Annual report on the working of the lock hospitals in the Central Provinces
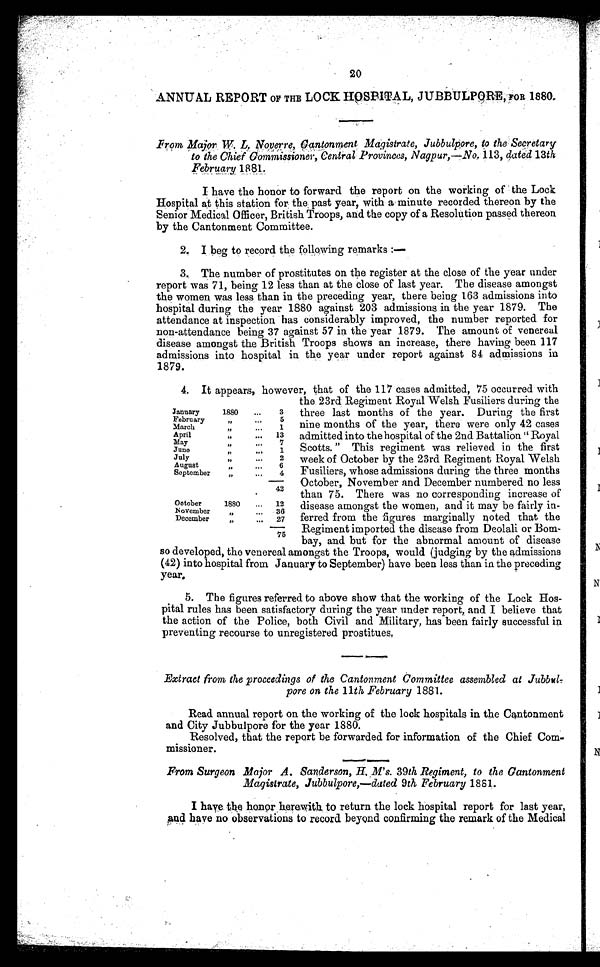
20
ANNUAL REPORT OF THE LOCK HOSPITAL, JUBBULPORE, FOR 1880.
Fr om Ma j or . W. L. Nove r r e , Ca nt onme nt Ma gi s t r a t e , J ubbul por e , t o t he Se c r e t a r y
to the Chief Commissioner, Central Provinces, Nagpur,—No. 113, dated 13th
F e b r u a r y
1 8 8 1 .
I have the honor to forward the report on the working of the Lock
Hospital at this station for the past year, with a minute recorded thereon by the
Senior Medical Officer, British Troops, and the copy of a Resolution passed thereon
by the Cantonment Committee.
2. I beg to record the following remarks :—
3. The number of prostitutes on the register at the close of the year under
report was 71, being 12 less than at the close of last year. The disease amongst
the women was less than in the preceding year, there being 163 admissions into
hospital during the year 1880 against 203 admissions in the year 1879. The
attendance at inspection has considerably improved, the number reported for
non-attendance being 37 against 57 in the year 1879. The amount of venereal
disease amongst the British Troops shows an increase, there having been 117
admissions into hospital in the year under report against 84 admissions in
1879.
4. It appears, however, that of the 117 cases admitted, 75 occurred with
the 23rd Regiment Royal Welsh Fusiliers during the
three last months of the year. During the first
nine months of the year, there were only 42 cases
admitted into the hospital of the 2nd Battalion "Royal
Scotts." This regiment was relieved in the first
week of October by the 23rd Regiment Royal Welsh
Fusiliers, whose admissions during the three months
October, November and December numbered no less
than 75. There was no corresponding increase of
disease amongst the women, and it may be fairly in-
ferred from the figures marginally noted that the
Regiment imported the disease from Deolali or Bom-
bay, and but for the abnormal amount of disease
so developed, the venereal amongst the Troops, would (judging by the admissions
(42) into hospital from January to September) have been less than in the preceding
year.
January
1880 ...
3
February
" . . .
5
March
" ... 1
April
" ... 1 3
May
" . . .
7
June
" ... 1
July
" . . .
2
August
" ... 6
September
" ... 4
42
October
1880 . . . 12
November
" ... 36
December
" ... 27
75
5. The figures referred to above show that the working of the Lock Hos-
pital rules has been satisfactory during the year under report, and I believe that
the action of the Police, both Civil and Military, has been fairly successful in
preventing recourse to unregistered prostitues,
Extract from the proceedings of the Cantonment Committee assembled at Jubbul
-pore on the 11th February 1881.
Read annual report on the working of the lock hospitals in the Cantonment
and City Jubbulpore for the year 1880.
Resolved, that the report be forwarded for information of the Chief Com
-missioner.
From Surgeon Major A. Sanderson, H. M's. 39th Regiment, to the Cantonment
Magistrate, Jubbulpore,—dated 9th February 1881.
I have the honor herewith to return the lock hospital report for last year,
and have no observations to record beyond confirming the remark of the Medical